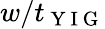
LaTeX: w/t_{\mathrm{~Y~I~G~}}